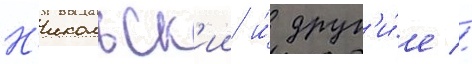
Н'икольск'ии и́ друг'и́е //